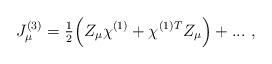
LaTeX: \begin{align*}J_\mu ^{(3)}={\textstyle \frac 12}\Bigl(Z_\mu \chi ^{(1)}+\chi ^{(1)T}Z_\mu\Bigr)+...~,\end{align*}